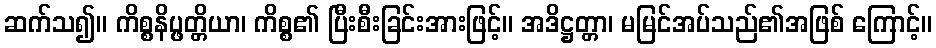
ဆက်သ၍။ ကိစ္စနိပ္ဖတ္တိယာ၊ ကိစ္စ၏ ပြီးစီးခြင်းအားဖြင့်။ အဒိဋ္ဌတ္တာ၊ မမြင်အပ်သည်၏အဖြစ် ကြောင့်။